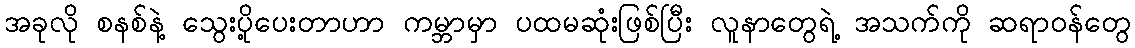
အခုလို စနစ်နဲ့ သွေးပို့ပေးတာဟာ ကမ္ဘာမှာ ပထမဆုံးဖြစ်ပြီး လူနာတွေရဲ့ အသက်ကို ဆရာဝန်တွေ